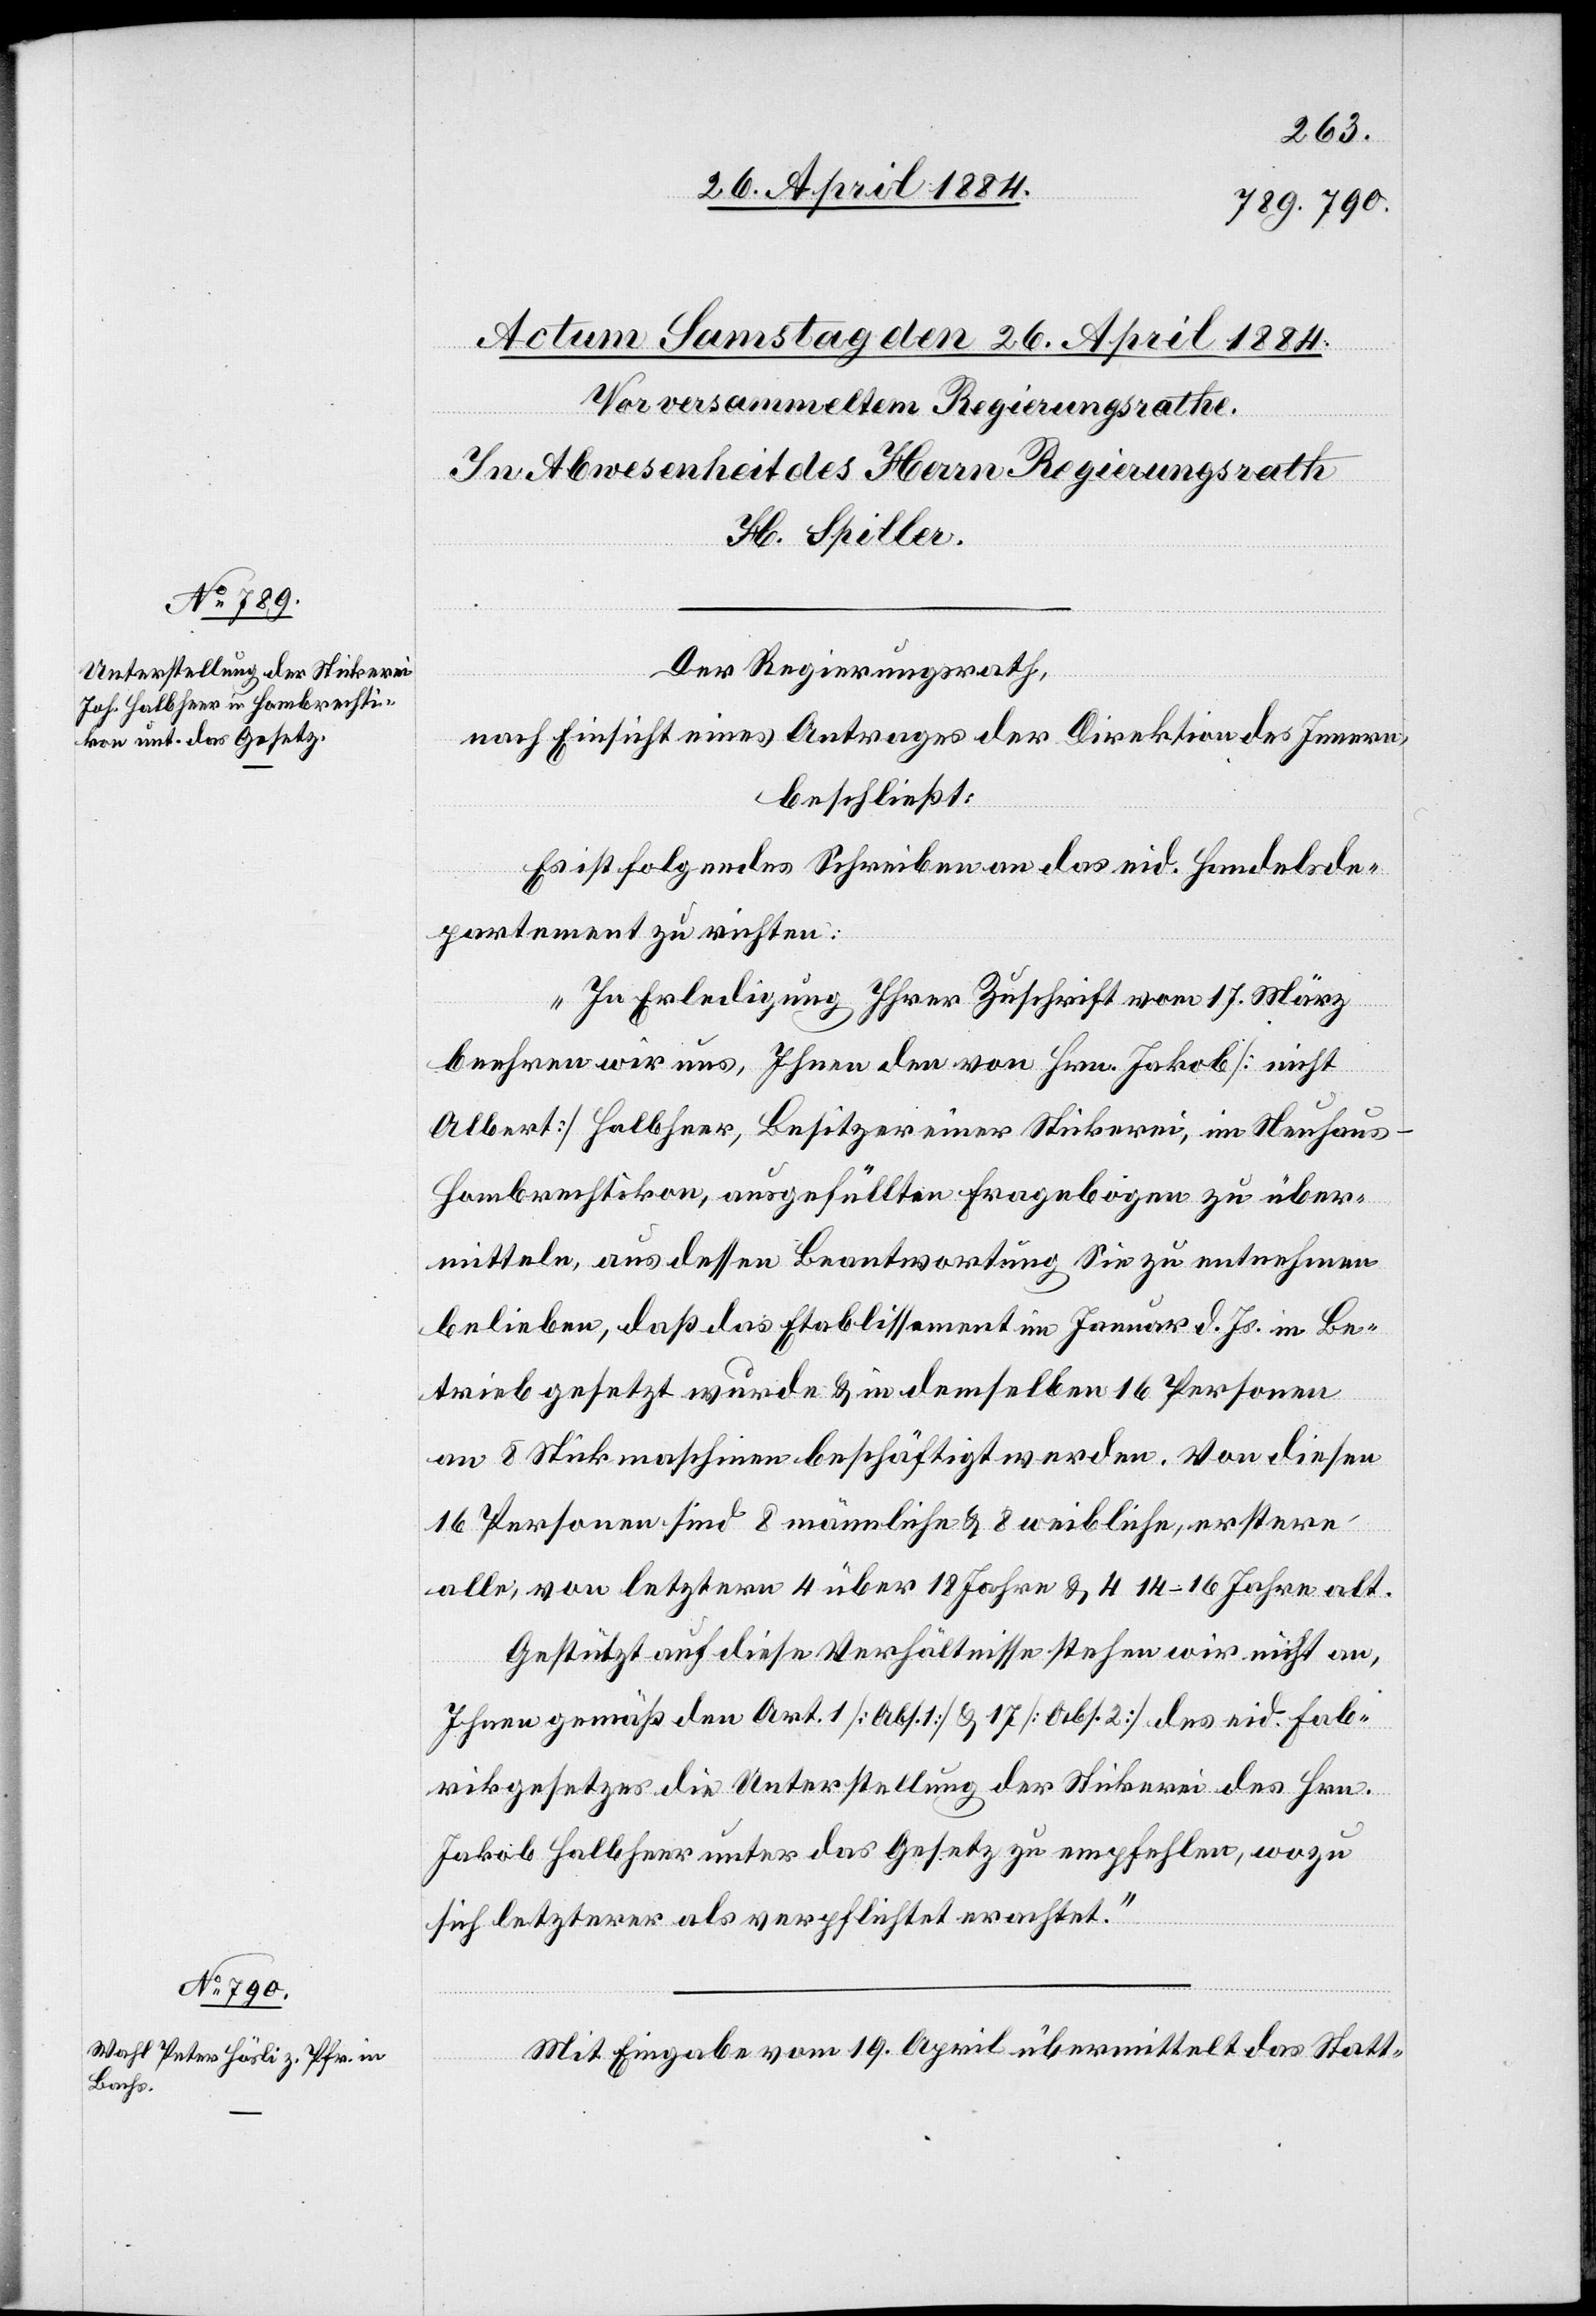
Der Regierungsrath,
nach Einsicht eines Antrages der Direktion des Innern,
beschließt:
Es ist folgendes Schreiben an das eid. Handelsde¬
partement zu richten:
„In Erledigung Ihrer Zuschrift vom 17. März
beehren wir uns, Ihnen den von Hrn. Jakob [nicht
Albert] Halbheer Besitzer einer Stickerei, im Neuhaus
Hombrechtikon, ausgefüllten Fragebogen zu über¬
mitteln, aus dessen Beantwortung Sie zu entnehmen
belieben, daß das Etablissement im Januar d. Js. in Be¬
trieb gesetzt wurde & in demselben 16 Personen
an 8 Stickmaschinen beschäftigt werden. Von diesen
16 Personen sind 8 männliche & 8 weibliche, erstere
alle, von letztern 4 über 18 Jahre & 4 14–16 Jahre alt.
Gestützt auf diese Verhältnisse stehen wir nicht an,
Ihnen gemäß den Art. 1 [Abs. 1] & 17 [Abs. 2] des eid. Fab¬
rikgesetzes die Unterstellung der Stickerei des Hrn.
Jakob Halbheer unter das Gesetz zu empfehlen, wozu
sich letzterer als verpflichtet erachtet.“
Mit Eingabe vom 19. April übermittelt das Statt-